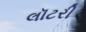
લૉટરી